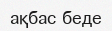
ақбас беде